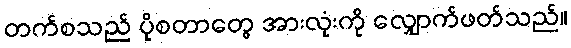
တက်စသည် ပိုစတာတွေ အားလုံးကို လျှောက်ဖတ်သည်။